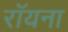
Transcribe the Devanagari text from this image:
रॉयना